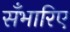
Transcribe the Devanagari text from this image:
सँभारिए